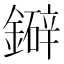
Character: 𫓅